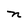
Character: n